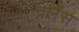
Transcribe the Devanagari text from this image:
वर्लैंस